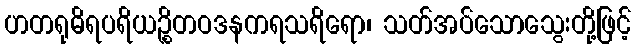
ဟတရုဓိရပရိယဉ္စိတဝဒနကရသရိရော၊ သတ်အပ်သောသွေးတို့ဖြင့်